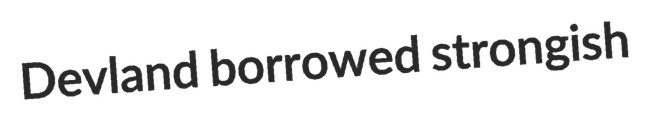
Devland borrowed strongish